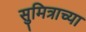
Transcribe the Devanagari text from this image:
सुमित्राच्या